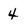
Character: 4